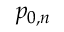
p _ { 0 , n }